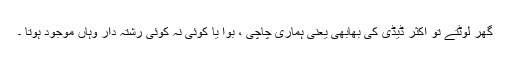
گھر لوٹتے تو اکثر ڈیڈی کی بھابھی یعنی ہماری چاچی ، بوا یا کوئی نہ کوئی رشتہ دار وہاں موجود ہوتا ۔